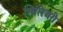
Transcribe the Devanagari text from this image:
सिलिअरी